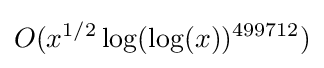
O(x^{1/2}\log(\log(x))^{499712})